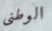
الوطنى